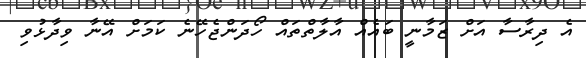
އެ ދިރާސާ އަށް ޒަމާނީ ބައެއް އާލާތްތައް ހޯދަންޖެހޭނެ ކަމަށް އޭނާ ވިދާޅުވި